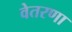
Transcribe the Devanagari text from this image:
वेतरणा